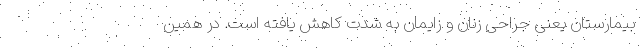
بیمارستان یعنی جراحی زنان و زایمان به شدت کاهش یافته است. در همین